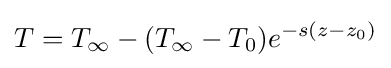
T=T_{\infty }-(T_{\infty }-T_{0})e^{-s(z-z_{0})}